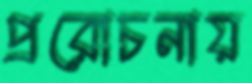
প্ররোচনায়